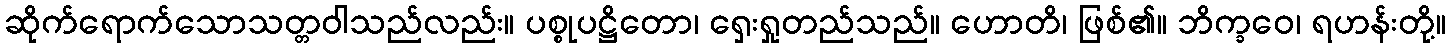
ဆိုက်ရောက်သောသတ္တဝါသည်လည်း။ ပစ္စုပဋ္ဌိတော၊ ရှေးရှုတည်သည်။ ဟောတိ၊ ဖြစ်၏။ ဘိက္ခဝေ၊ ရဟန်းတို့။